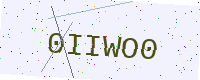
Text: 0IIWO0